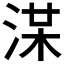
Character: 𣷞